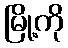
မြို့ကို